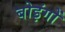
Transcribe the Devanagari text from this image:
बोइंगों